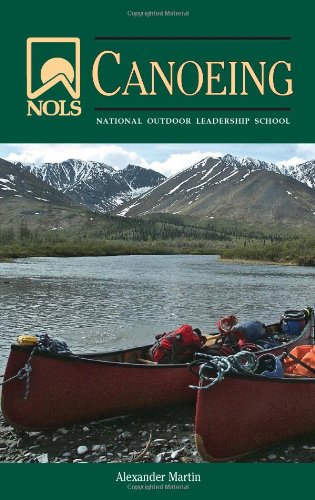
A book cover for NOLS Canoeing (NOLS Library); Alexander Martin; Sports & Outdoors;